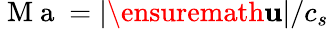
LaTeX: \mathrm{~M~a~}=\vert\ensuremath{\mathbf{u}}\vert/c_{s}